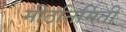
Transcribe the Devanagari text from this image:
मीठनिर्मिती